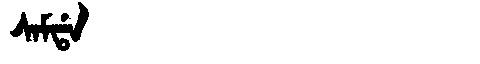
Manchu: ᠰᠠᠮᡩᠠ
Romanization: SAMDA